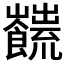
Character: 𩟜